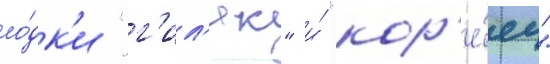
ло́дк'и "г'ил'як" и́ "кор'е́ец"